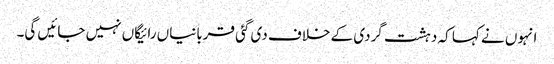
انہوں نے کہا کہ دہشت گردی کے خلاف دی گئی قربانیاں رائیگاں نہیں جائیں گی۔